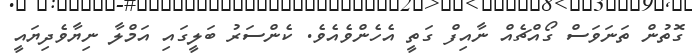
ގޮތުން ތަނަވަސް ގޯއްޗެއް ނާއިފް ގަތީ އެހެންވެއެވެ. ކެންސަރު ބަލީގައި އަމްލާ ނިޔާވެދިޔައީ